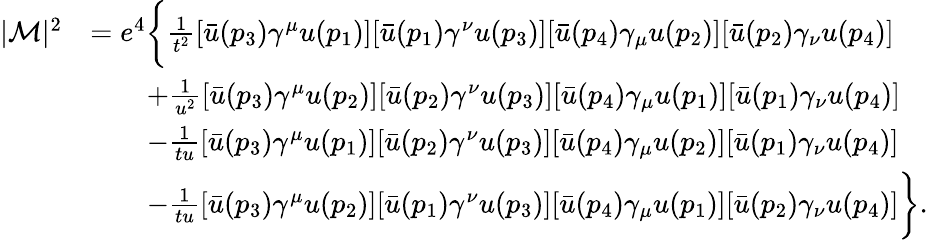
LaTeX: {\begin{array}{rl}{|{\mathcal{M}}|^{2}}&{=e^{4}{\biggl\{ \frac{1}{t^{2}}}[{\bar{u}}(p_{3})\gamma^{\mu}u(p_{1})][{\bar{u}}(p_{1})\gamma^{\nu}u(p_{3})][{\bar{u}}(p_{4})\gamma_{\mu}u(p_{2})][{\bar{u}}(p_{2})\gamma_{\nu}u(p_{4})]}\\ &{\qquad+{\frac{1}{u^{2}}}[{\bar{u}}(p_{3})\gamma^{\mu}u(p_{2})][{\bar{u}}(p_{2})\gamma^{\nu}u(p_{3})][{\bar{u}}(p_{4})\gamma_{\mu}u(p_{1})][{\bar{u}}(p_{1})\gamma_{\nu}u(p_{4})]}\\ &{\qquad-{\frac{1}{tu}}[{\bar{u}}(p_{3})\gamma^{\mu}u(p_{1})][{\bar{u}}(p_{2})\gamma^{\nu}u(p_{3})][{\bar{u}}(p_{4})\gamma_{\mu}u(p_{2})][{\bar{u}}(p_{1})\gamma_{\nu}u(p_{4})]}\\ &{\qquad-{\frac{1}{tu}}[{\bar{u}}(p_{3})\gamma^{\mu}u(p_{2})][{\bar{u}}(p_{1})\gamma^{\nu}u(p_{3})][{\bar{u}}(p_{4})\gamma_{\mu}u(p_{1})][{\bar{u}}(p_{2})\gamma_{\nu}u(p_{4})]{\biggr\} }.}\end{array}}